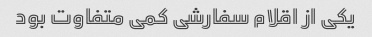
یکی از اقلام سفارشی کمی متفاوت بود